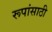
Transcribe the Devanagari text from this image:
रूपांसाठी